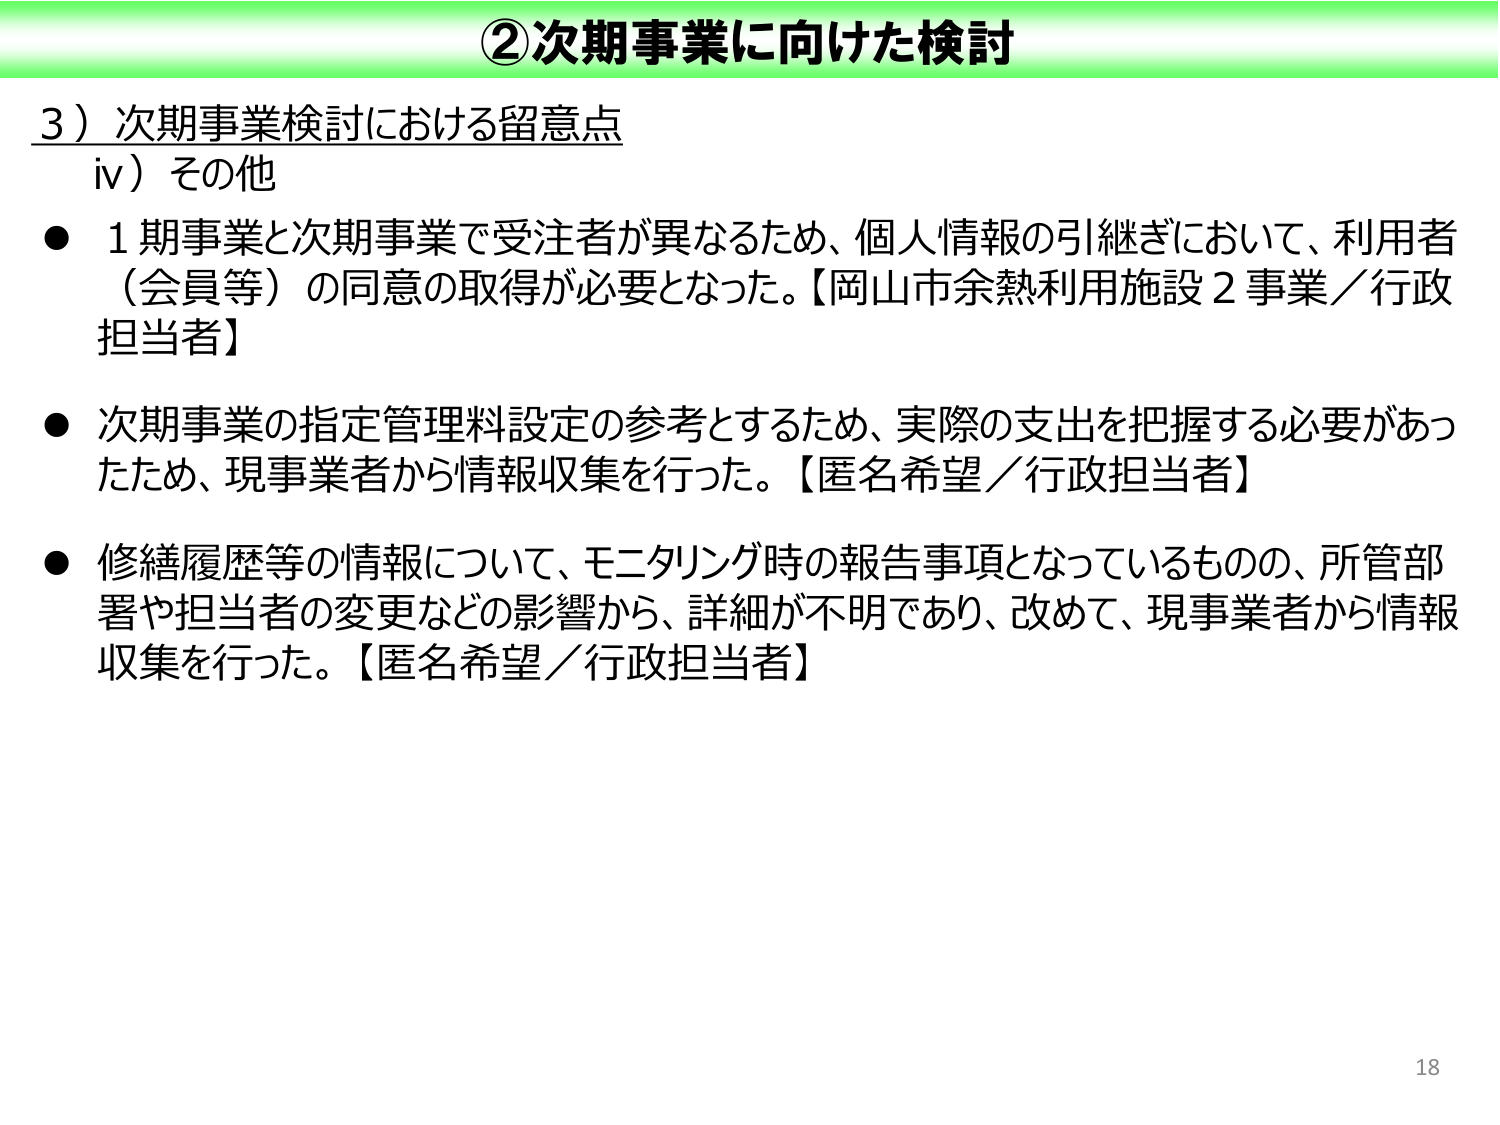
②次期事業に向けた検討

3）次期事業検討における留意点
iv）その他

● 1期事業と次期事業で受注者が異なるため、個人情報の引継ぎにおいて、利用者（会員等）の同意の取得が必要となった。【岡山市余熱利用施設2事業／行政担当者】

● 次期事業の指定管理料設定の参考とするため、実際の支出を把握する必要があったため、現事業者から情報収集を行った。【匿名希望／行政担当者】

● 修繕履歴等の情報について、モニタリング時の報告事項となっているものの、所管部署や担当者の変更などの影響から、詳細が不明であり、改めて、現事業者から情報収集を行った。【匿名希望／行政担当者】

18